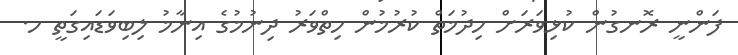
ފަންނީ ރޮނގުން ކުޅިވަރަށް ހިދުމަތް ކުރުމުން ހިތްވަރު ދިނުމުގެ އިނާމު ލިބިވަޑައިގަތީ ހ.